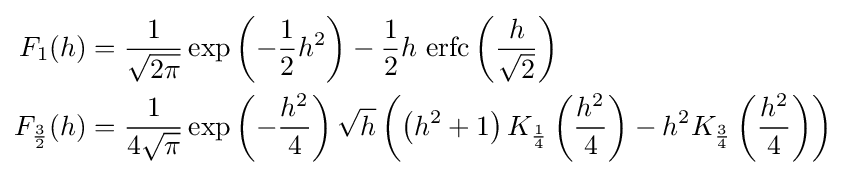
{\begin{aligned}F_{1}(h)&={\frac {1}{\sqrt {2\pi }}}\exp \left(-{\frac {1}{2}}h^{2}\right)-{\frac {1}{2}}h\,\operatorname {erfc} \left({\frac {h}{\sqrt {2}}}\right)\\F_{\frac {3}{2}}(h)&={\frac {1}{4{\sqrt {\pi }}}}\exp \left(-{\frac {h^{2}}{4}}\right){\sqrt {h}}\left(\left(h^{2}+1\right)K_{\frac {1}{4}}\left({\frac {h^{2}}{4}}\right)-h^{2}K_{\frac {3}{4}}\left({\frac {h^{2}}{4}}\right)\right)\end{aligned}}